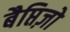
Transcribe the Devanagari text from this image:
बैप्तिज़ो